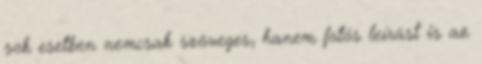
sok esetben nemcsak szöveges, hanem fotós leírást is az